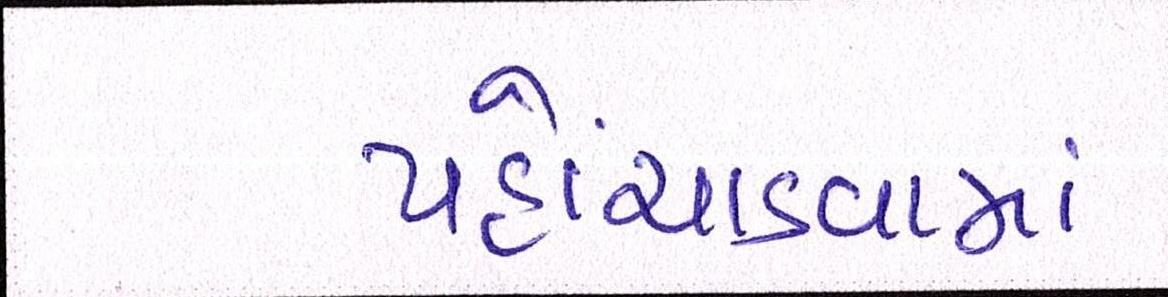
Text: પહોંચાડવામાં